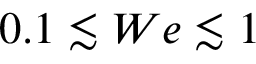
0 . 1 \lesssim W e \lesssim 1